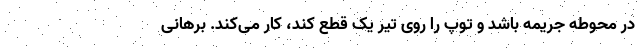
در محوطه جریمه باشد و توپ را روی تیر یک قطع کند، کار می‌کند. برهانی